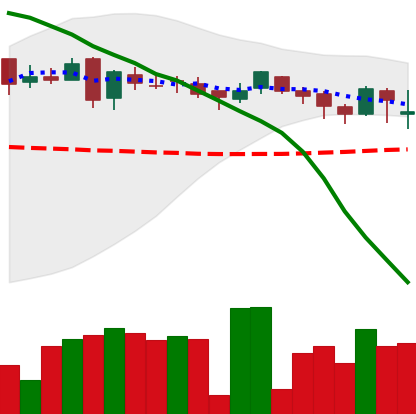
Ticker: DOGE-USD
Chart end date: 2018-05-10
Forward return: -7.29%
Label: down_7plus